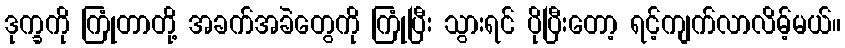
ဒုက္ခကို ကြုံတာတို့ အခက်အခဲတွေကို ကြုံပြီး သွားရင် ပိုပြီးတော့ ရင့်ကျက်လာလိမ့်မယ်။